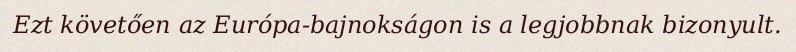
Ezt követően az Európa-bajnokságon is a legjobbnak bizonyult.